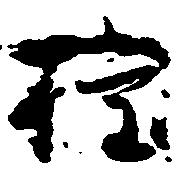
権